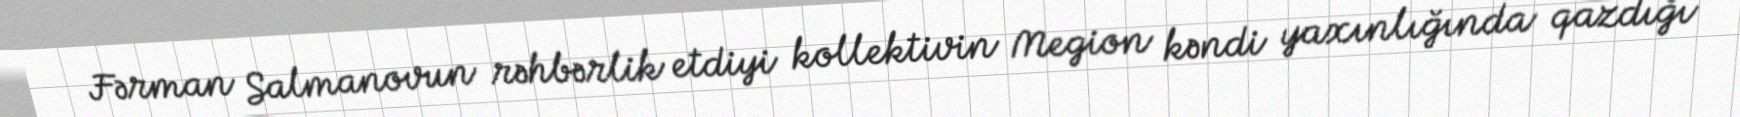
Fərman Salmanovun rəhbərlik etdiyi kollektivin Megion kəndi yaxınlığında qazdığı